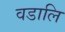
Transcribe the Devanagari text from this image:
वडालि